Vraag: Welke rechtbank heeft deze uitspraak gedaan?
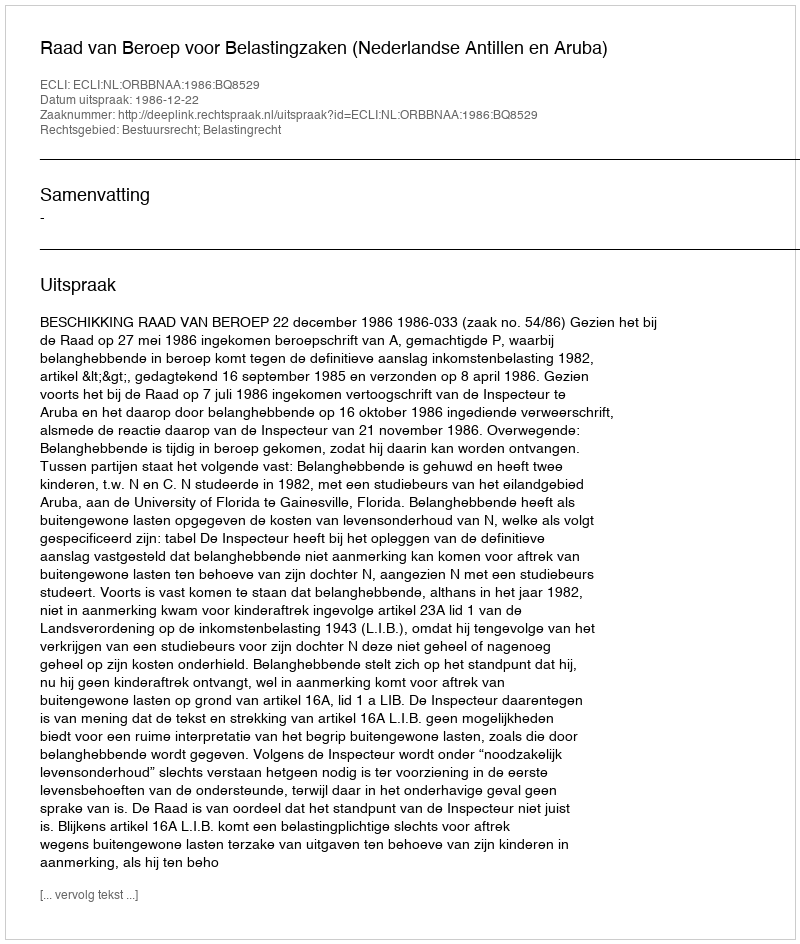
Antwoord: Raad van Beroep voor Belastingzaken (Nederlandse Antillen en Aruba)